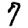
Digit: 7